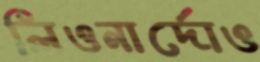
লিওনার্দোও